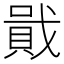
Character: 𧶒